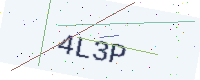
Text: 4L3P